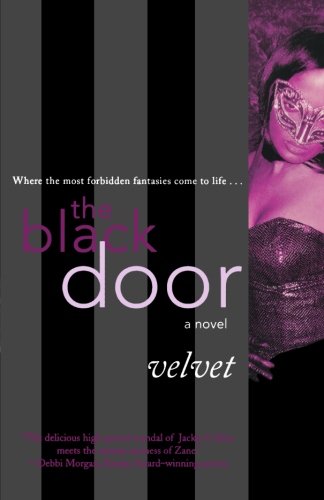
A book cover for The Black Door (Black Door Series); Velvet; Romance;